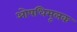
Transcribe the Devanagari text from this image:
ओषधिमूलक